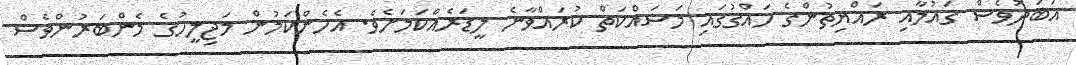
އަބަދުވެސް ގައުމާއި ރައްޔިތުންގެ ހައްގުގައި މަަސައްކަތް ކުރައްވާނެ ލީޑަރެއްކަމަށެވެ. އެހެންކަމުން މަޖިލީހުގެ މެންބަރުންވެސް